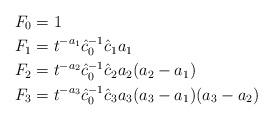
LaTeX: \begin{align*}F_0&=1\\F_1&=t^{-a_1}\hat c_0^{-1}\hat c_1 a_1\\F_2&=t^{-a_2}\hat c_0^{-1}\hat c_2 a_2(a_2-a_1)\\F_3&=t^{-a_3}\hat c_0^{-1}\hat c_3 a_3(a_3-a_1)(a_3- a_2)\end{align*}